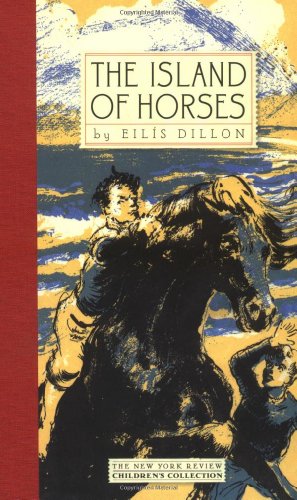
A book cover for The Island of Horses (New York Review Children's Collection); Eilis Dillon; Children's Books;